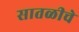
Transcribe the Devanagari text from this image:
सातळीचे